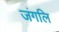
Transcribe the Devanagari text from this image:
जंगलि